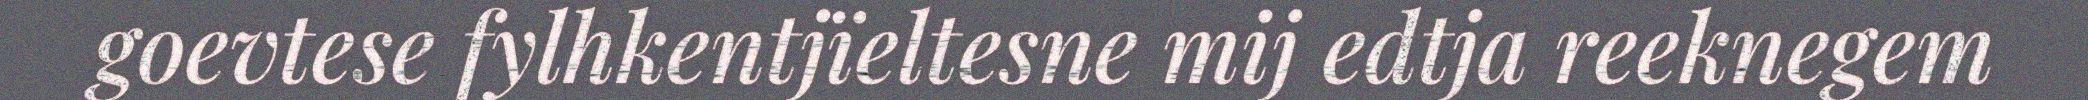
goevtese fylhkentjïeltesne mij edtja reeknegem